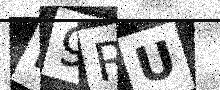
Text: D9RU